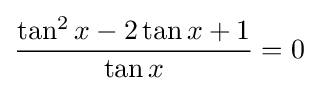
{\frac {\tan ^{2}x-2\tan x+1}{\tan x}}=0